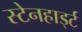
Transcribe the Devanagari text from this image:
स्टेनहार्ड्ट